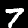
Digit: 7